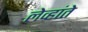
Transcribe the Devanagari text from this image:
लेव्हांते